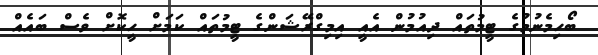
ބޯހިމެނުމުގެ ޓީމުތައް ދިއުމުން އެއީ އިމިގްރޭޝަންގެ ޓީމުތައް ކަމަށް ހީކޮށް ވެސް ބައެއް